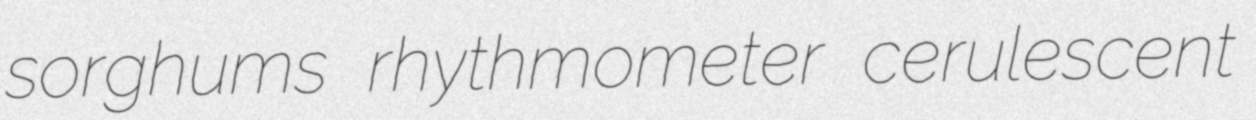
sorghums rhythmometer cerulescent